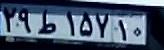
۲۹ط۱۵۷۱۰